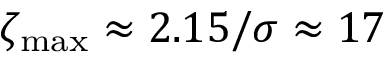
\zeta _ { \mathrm { m a x } } \approx 2 . 1 5 / \sigma \approx 1 7